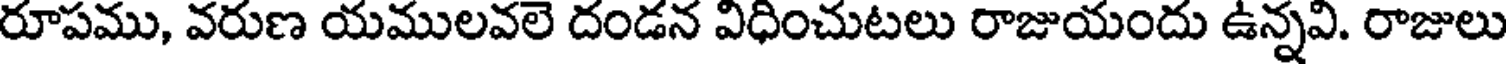
రూపము, వరుణ యములవలె దండన విధించుటలు రాజుయందు ఉన్నవి. రాజులు